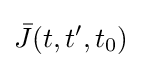
{\bar {J}}(t,t',t_{0})